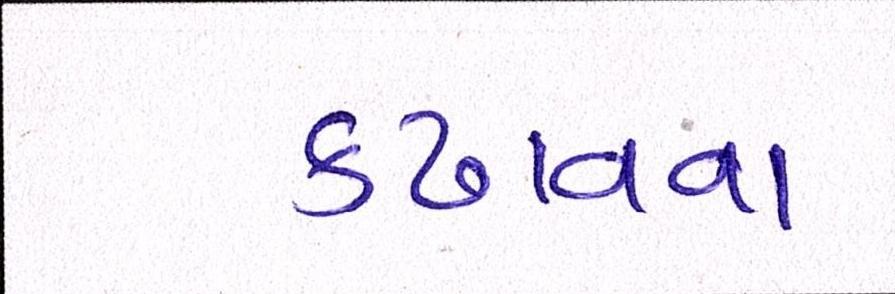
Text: કઢાવવા